NAE_kihelkonnakohtute_kirjad_ja_protokollid_1869-1889, lk 8
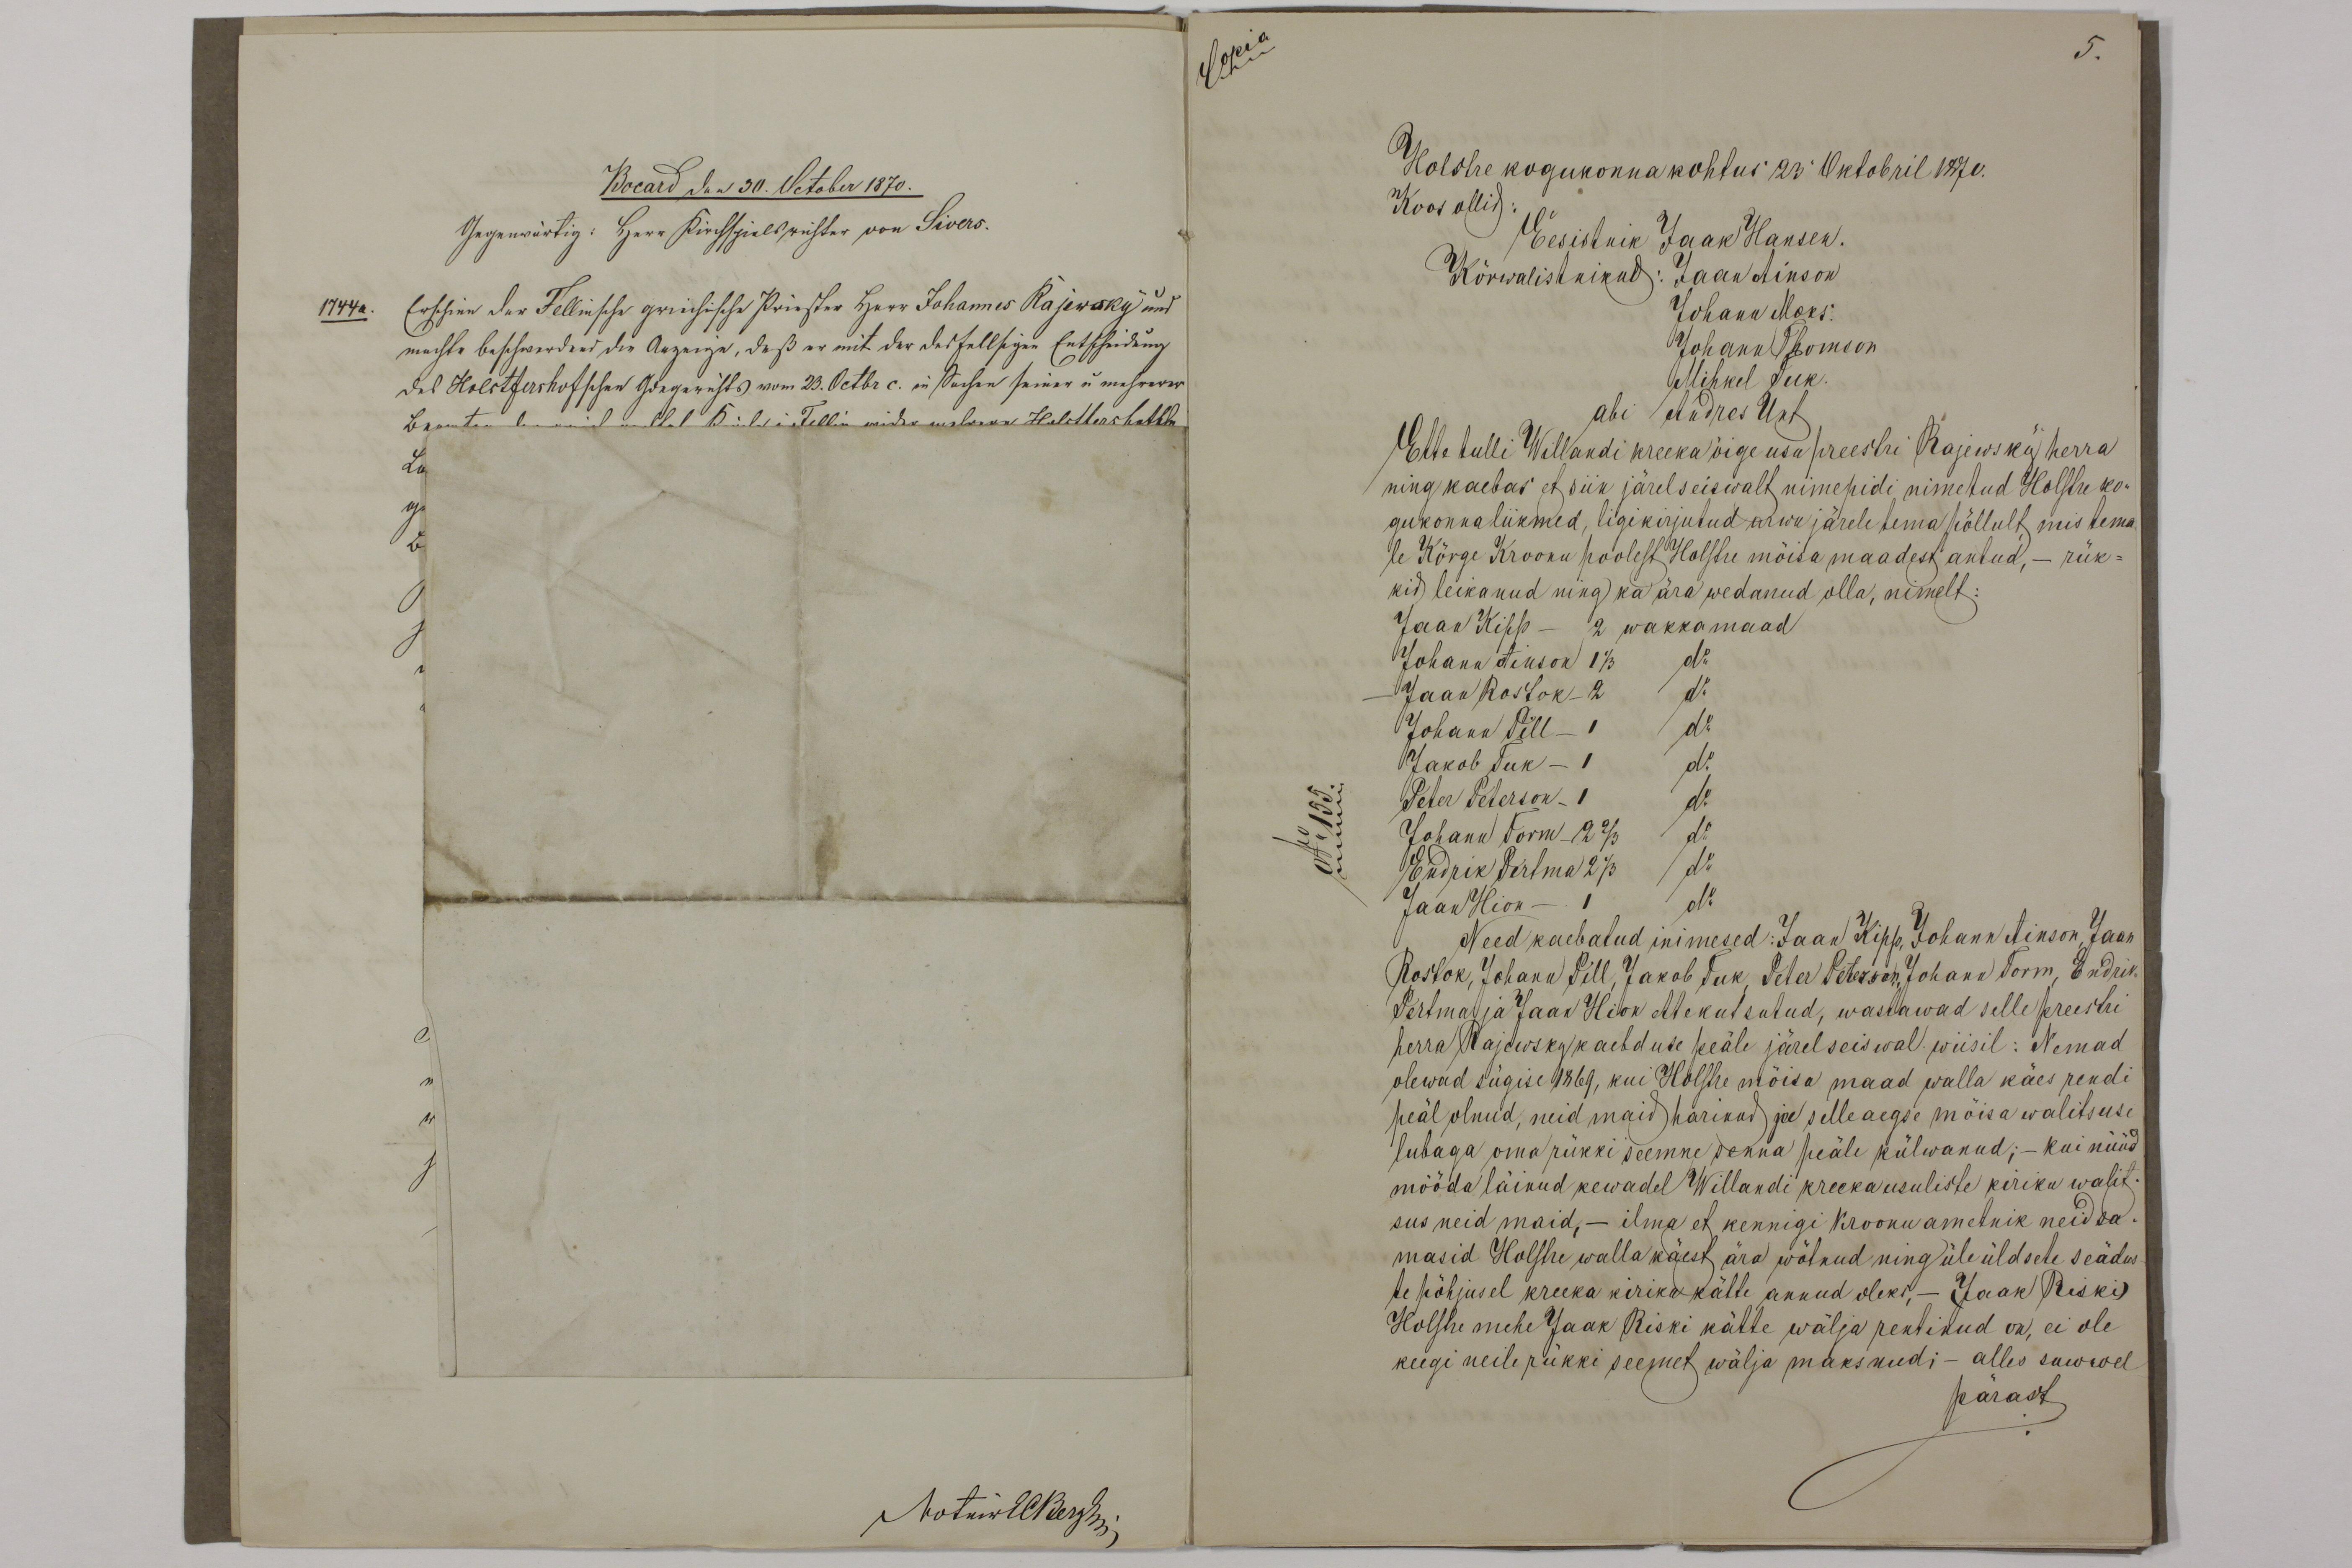
Copia

Holstre kogukonnakohtus 23. Oktobril 1870.
Koos ollid:
Ette tulli Willandi kreekaõige usu preestri Rajewsky herra
ning kaebas et siin järelseiswalt nimepidi nimetud Holstre ko-
gukonnaliikmed, ligikirjutud arwu järele tema põllult, mis tema-
se Kõrge Kroonu poolest Holstre mõisa maadest antud, - rük-
kid, leikanud ning ka ära wedanud olla, nimelt:
Jaan Kipp - 2 wakkamaad
Johann Ainson 1 1/3
Jaan Rostok - 2
Johann Pill - 1
Jakob suk - 1
Peter Peterson - 1
Johann Torm - 2 2/3
Endrik Pertma 2 1/3
Jaan Hion - 1
„Need kaebatud inimesed. Jaan Kipp Johann Ainson, Jaan
Rostok, Johann Pill Jakob Suk Peter Peterson, Johann Torm, Endrik
Pertma ja Jaam Hion ette kutsutud, wastawad selle preestri
herra Rajewsky kaebduse peäle järel seiswal wiisil: Nemad
olewad sügise 1869, kui Holstre mõisa maad walla käes rendi
peäl olnud, neid maid harinud, ja selle aegse mõisa walitsuse
lubaga oma rükki seemne senna peäle külwanud; - kui nüüd
mööda läinud kewadel Willandi kreekausuliste kiriku walit-
sus neid maid, - ilma et kennigi kroonuametnik neid sa-
masid Holstre walla käest ära wõtnud ning üle üldsele seädus-
te põhjusel kreeka kiriko kätte annud oleks, - Jaak Riski
Holstre mehe Jaak Riski kähte wälja rentinud on, ei ole
keegi neile rükki seemet wälja maksnud; - alles suwwel
pärast